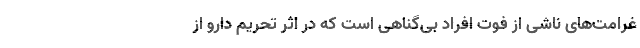
غرامت‌های ناشی از فوت افراد بی‌گناهی است که در اثر تحریم‌ دارو از